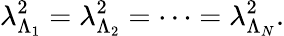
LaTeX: \lambda_{\Lambda_{1}}^{2}=\lambda_{\Lambda_{2}}^{2}=\dots=\lambda_{\Lambda_{N}}^{2}.